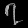
Digit: ၇